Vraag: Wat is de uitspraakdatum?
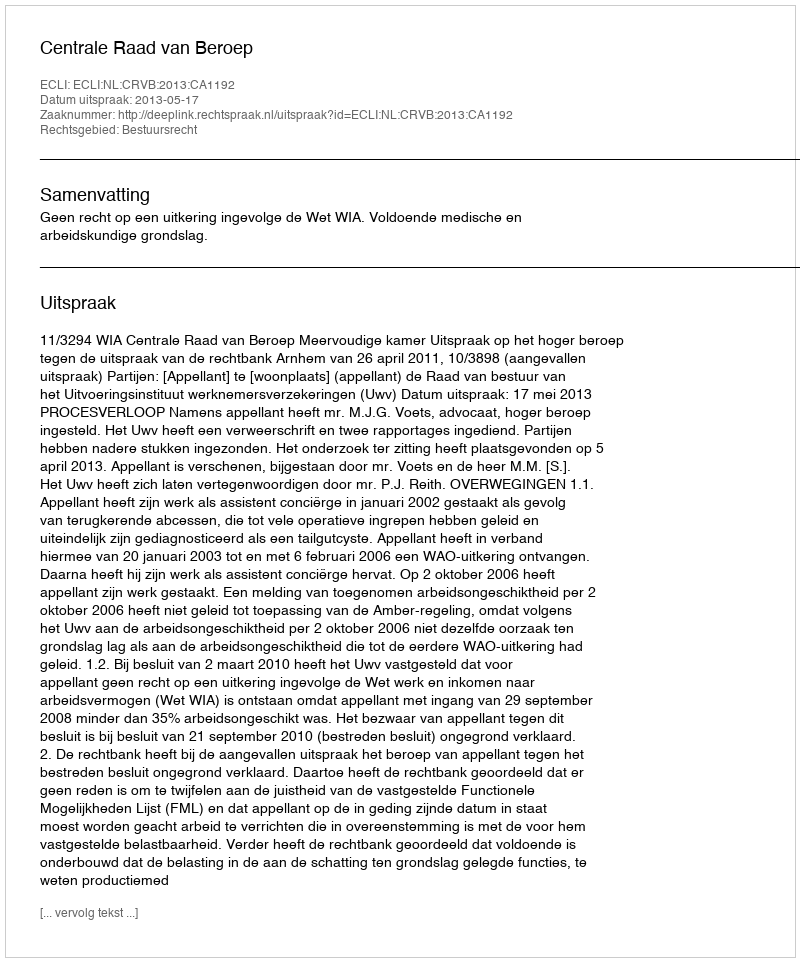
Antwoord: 2013-05-17